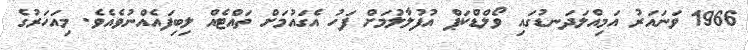
1966 ވަނައަރު އަމިއްލަދަނޑުގައި ވޯލްޑްކަޕް އުފުލާލުމަށް ފަހު އެގައުމަށް ތައްޓެއް ލިބިފައެއްނުވެއެވެ. މިއަހަރުގެ